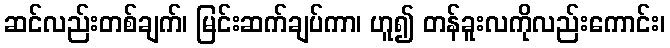
ဆင်လည်းတစ်ချက်၊ မြင်းဆက်ချပ်ကာ၊ ဟူ၍ တန်ခူးလကိုလည်းကောင်း၊